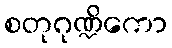
စတုဂုဏ္ဍိကော